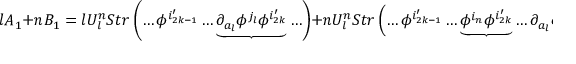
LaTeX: l A _ { 1 } + n B _ { 1 } = l U _ { l } ^ { n } S t r \left( \ldots \phi ^ { i _ { 2 k - 1 } ^ { \prime } } \ldots \underbrace { \partial _ { a _ { l } } \phi ^ { j _ { l } } \phi ^ { i _ { 2 k } ^ { \prime } } } \ldots \right) + n U _ { l } ^ { n } S t r \left( \ldots \phi ^ { i _ { 2 k - 1 } ^ { \prime } } \ldots \underbrace { \phi ^ { i _ { n } } \phi ^ { i _ { 2 k } ^ { \prime } } } \ldots \partial _ { a _ { l } } \phi ^ { j _ { l } } \ldots \right)